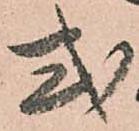
式